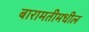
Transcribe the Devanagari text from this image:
बारामतीमधील